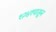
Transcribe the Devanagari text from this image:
१२४१पासून